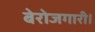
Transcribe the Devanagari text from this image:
बेरोजगारी।